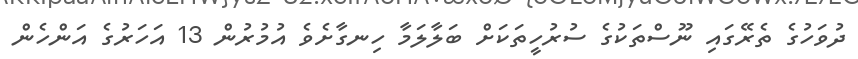
ދުވަހުގެ ތެރޭގައި ނޫސްތަކުގެ ސުރުހީތަކަށް ބަލާލަމާ ހިނގާށެވެ އުމުރުން 13 އަހަރުގެ އަންހެން